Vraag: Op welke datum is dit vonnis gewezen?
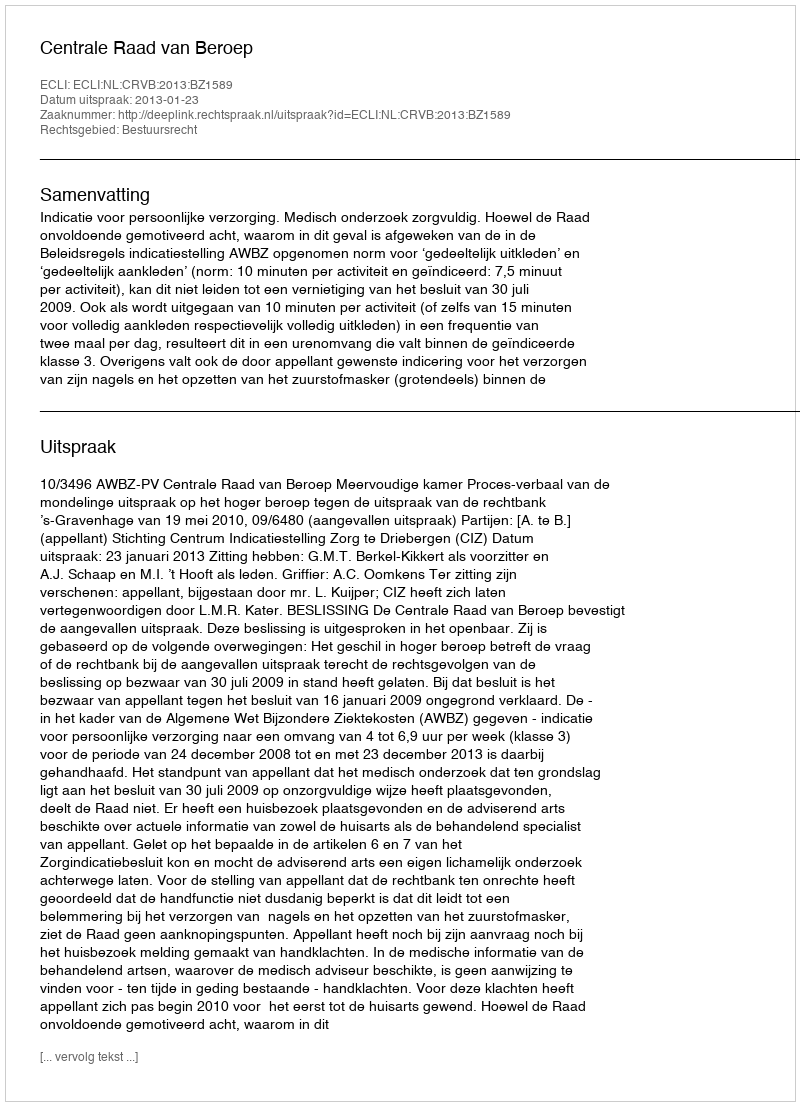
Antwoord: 2013-01-23